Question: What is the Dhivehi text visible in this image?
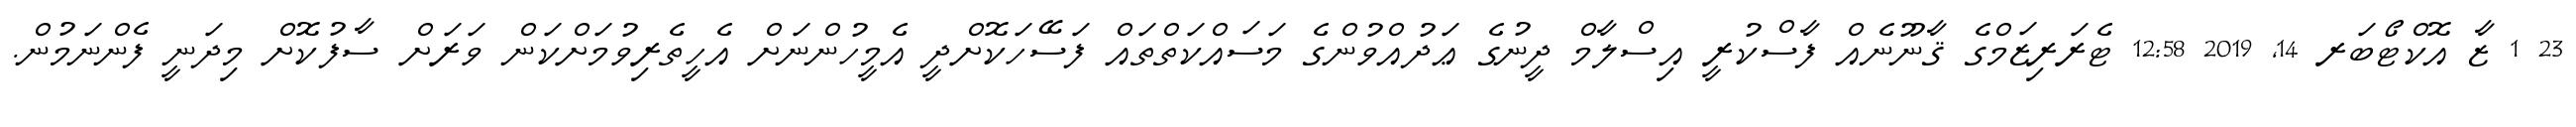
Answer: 23 1 ޒާ އޮކްޓޯބަރ 14, 2019 12:58 ޓެރަރިޒަމްގެ ޤާނޫނެއް ފާސްކުރީ އިސްލާމް ދީނުގެ ޢަދުއްވުންގެ މަސައްކަތްތައް ފަސޭހަކޮށްދީ އެމީހުންނަށް އެހީތެރިވުމަށްކަން ވަރަށް ސާފުކޮށް މިދަނީ ފެންނަމުން.